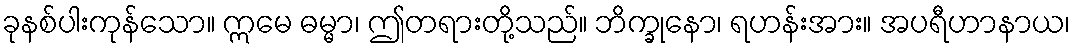
ခုနစ်ပါးကုန်သော။ ဣမေ ဓမ္မာ၊ ဤတရားတို့သည်။ ဘိက္ခုနော၊ ရဟန်းအား။ အပရီဟာနာယ၊